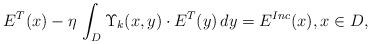
LaTeX: \begin{align*}E^T(x) - \eta \, \int_{D}\Upsilon_k(x,y) \cdot E^T(y)\,dy=E^{Inc}(x),x\in D,\end{align*}